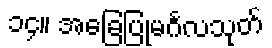
၁၄။ အခြေပြုမင်္ဂလသုတ်